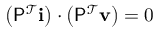
\left( \mathsf { P } ^ { \mathcal { T } } \mathbf { i } \right) \cdot \left( \mathsf { P } ^ { \mathcal { T } } \mathbf { v } \right) = 0